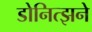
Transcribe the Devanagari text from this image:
डोनित्झने